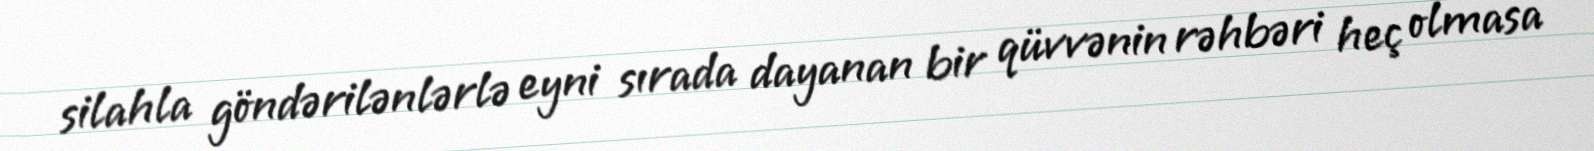
silahla göndərilənlərlə eyni sırada dayanan bir qüvvənin rəhbəri heç olmasa